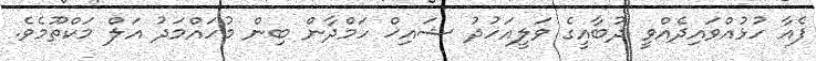
ފެއާ ހުޅުއްވައިދެއްވީ ދުބާއީގެ ވަލީއަހުދު ޝައިޚް ހަމްދާން ބިން މުހައްމަދު އަލް މަކްތޫމެވެ.